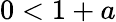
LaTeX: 0<1+a